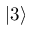
| 3 \rangle